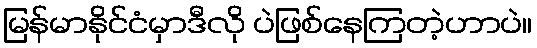
မြန်မာနိုင်ငံမှာဒီလို ပဲဖြစ်နေကြတဲ့ဟာပဲ။